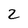
Character: 2